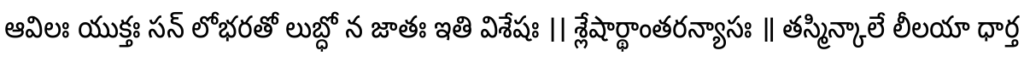
ఆవిలః యుక్తః సన్ లోభరతో లుబ్ధో న జాతః ఇతి విశేషః ।। శ్లేషార్థాంతరన్యాసః ॥ తస్మిన్కాలే లీలయా ధార్త